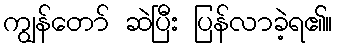
ကျွန်တော် ဆဲပြီး ပြန်လာခဲ့ရ၏။